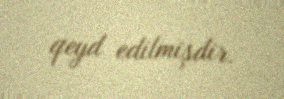
qeyd edilmişdir.